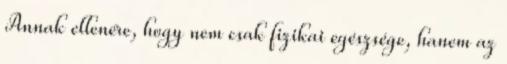
Annak ellenére, hogy nem csak fizikai egészsége, hanem az